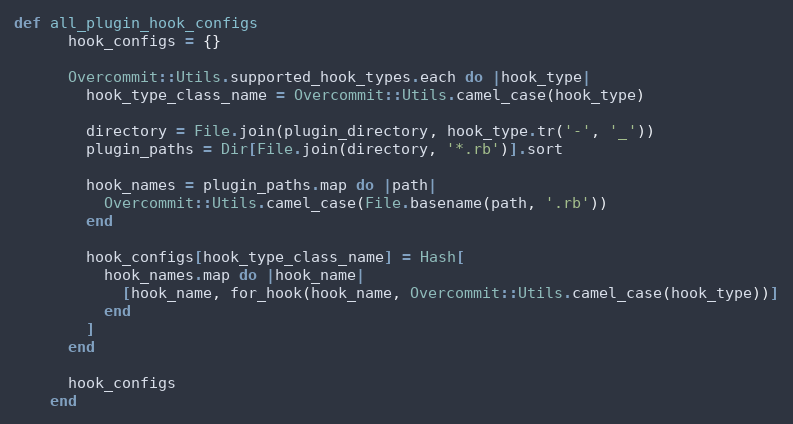
Language: Ruby
def all_plugin_hook_configs
      hook_configs = {}

      Overcommit::Utils.supported_hook_types.each do |hook_type|
        hook_type_class_name = Overcommit::Utils.camel_case(hook_type)

        directory = File.join(plugin_directory, hook_type.tr('-', '_'))
        plugin_paths = Dir[File.join(directory, '*.rb')].sort

        hook_names = plugin_paths.map do |path|
          Overcommit::Utils.camel_case(File.basename(path, '.rb'))
        end

        hook_configs[hook_type_class_name] = Hash[
          hook_names.map do |hook_name|
            [hook_name, for_hook(hook_name, Overcommit::Utils.camel_case(hook_type))]
          end
        ]
      end

      hook_configs
    end